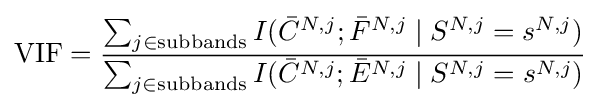
{\textrm {VIF}}={\frac {\sum _{j\in {\textrm {subbands}}}I({\bar {C}}^{N,j};{\bar {F}}^{N,j}\mid S^{N,j}=s^{N,j})}{\sum _{j\in {\textrm {subbands}}}I({\bar {C}}^{N,j};{\bar {E}}^{N,j}\mid S^{N,j}=s^{N,j})}}